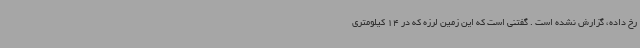
رخ داده، گزارش نشده است . گفتنی است که این زمین لرزه که در 14 کیلومتری